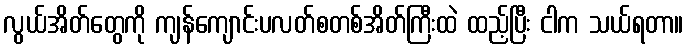
လွယ်အိတ်တွေကို ကျန်ကျောင်းပလတ်စတစ်အိတ်ကြီးထဲ ထည့်ပြီး ငါက သယ်ရတာ။